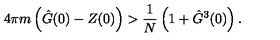
4 \pi m \left( \hat { G } ( 0 ) - Z ( 0 ) \right) > \frac { 1 } { N } \left( 1 + \hat { G } ^ { 3 } ( 0 ) \right) .